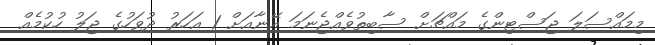
މިމައްސަލަ ޖަސްޓިންގެ މައްޗަށް ސާބިތުވެއްޖެނަމަ އޭނާއަށް 1 އަހަރު ދުވަހުގެ ޖަލު ހުކުމެއް